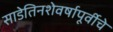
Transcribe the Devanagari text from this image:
साडेतिनशेवर्षापूर्वीचे